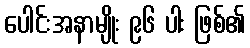
ပေါင်းအနာမျိုး ၉၆ ပါး ဖြစ်၏